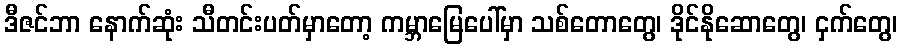
ဒီဇင်ဘာ နောက်ဆုံး သီတင်းပတ်မှာတော့ ကမ္ဘာမြေပေါ်မှာ သစ်တောတွေ၊ ဒိုင်နိုဆောတွေ၊ ငှက်တွေ၊